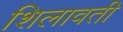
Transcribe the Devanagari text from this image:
शिलावती